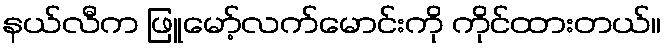
နယ်လီက ဖြူမော့်လက်မောင်းကို ကိုင်ထားတယ်။